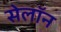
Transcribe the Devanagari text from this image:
सेलॉन